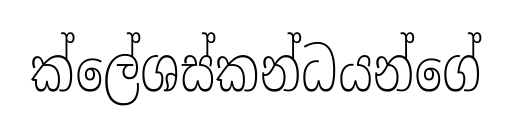
ක්ලේශස්කන්ධයන්ගේ